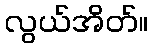
လွယ်အိတ်။